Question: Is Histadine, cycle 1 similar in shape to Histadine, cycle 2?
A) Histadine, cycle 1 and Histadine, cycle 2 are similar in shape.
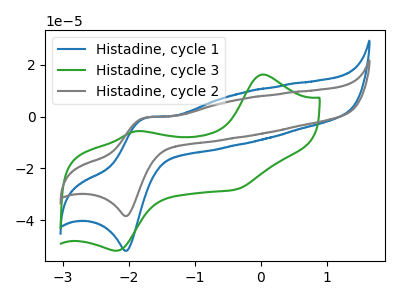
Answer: <think>The blue curve "Histadine, cycle 1" has an anodic peak at (-1.75V, -0.60uA) and a cathodic peak at (-2.05V, -51.85uA). The green curve "Histadine, cycle 3" has anodic peaks at (0.00V, 16.20uA) (-1.90V, -5.70uA) and cathodic peaks at (-2.15V, -51.80uA) (-0.40V, -28.20uA). The gray curve "Histadine, cycle 2" has an anodic peak at (-1.75V, -0.45uA) and a cathodic peak at (-2.05V, -38.40uA).
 All the peaks in "Histadine, cycle 1" have a peak in "Histadine, cycle 2" at the same potential.</think>
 <answer>A) "Histadine, cycle 1" and "Histadine, cycle 2" are similar in shape.</answer>
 <eval>A</eval>